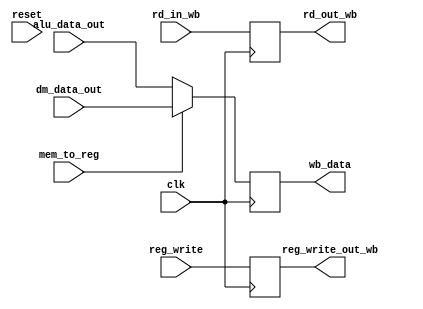

module WriteBack (rd_in_wb, reg_write, mem_to_reg, alu_data_out, dm_data_out, clk, wb_data, reset, reg_write_out_wb, rd_out_wb);
input mem_to_reg, clk, reset, reg_write;
input [31:0] alu_data_out, dm_data_out;
input wire [4:0] rd_in_wb;
output reg [31:0] wb_data;
output reg reg_write_out_wb;
output reg [4:0] rd_out_wb;

reg t_reg_write_out_wb;
reg[4:0] t_rd_out_wb;
reg[31:0] t_wb_data;

always @(posedge clk)
    begin
        rd_out_wb <= rd_in_wb;
        reg_write_out_wb <= reg_write;
        if (mem_to_reg==1)
            wb_data <= dm_data_out;
        else
            wb_data <= alu_data_out;
    end
endmodule